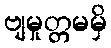
ဗျမှုတ္တမမှိ